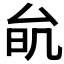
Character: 𠫮